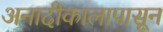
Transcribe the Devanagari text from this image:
अनादीकालापासून